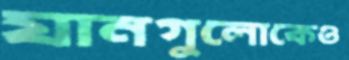
যানগুলোকেও